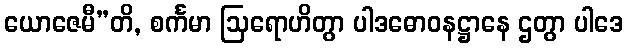
ယောဇေမီ”တိ, စင်္ကမာ ဩရောဟိတွာ ပါဒဓောဝနဋ္ဌာနေ ဌတွာ ပါဒေ